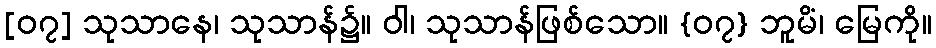
[၀၇] သုသာနေ၊ သုသာန်၌။ ဝါ၊ သုသာန်ဖြစ်သော။ {၀၇} ဘူမိံ၊ မြေကို။